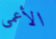
الأعمى